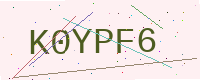
Text: K0YPF6